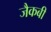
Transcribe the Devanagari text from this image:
जैकबी